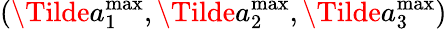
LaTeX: (\Tilde{a}_{1}^{\mathrm{max}},\Tilde{a}_{2}^{\mathrm{max}},\Tilde{a}_{3}^{\mathrm{max}})